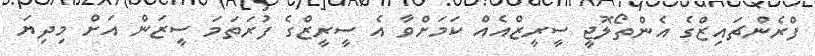
ފްރެންޗައިޒްގެ އެންތޯލޮޖީ ސީރީޒްއެއް ކަމަށްވާ އެ ސީރީޒްގެ ފުރަތަމަ ސީޒަން އަށް މިދިޔަ